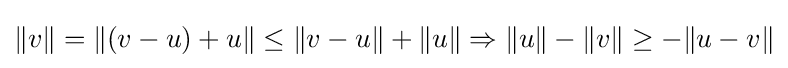
\|v\|=\|(v-u)+u\|\leq \|v-u\|+\|u\|\Rightarrow \|u\|-\|v\|\geq -\|u-v\|